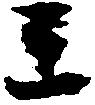
王